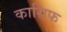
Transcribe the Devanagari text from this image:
कासिफ